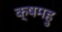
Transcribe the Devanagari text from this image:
क्षमहु